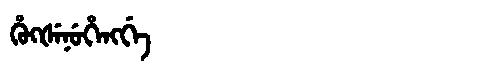
Manchu: ᡥᡠᡴᡧᡝᠨᡠᡥᡝᠩᡤᡝ
Romanization: HUKŠENUHENGGE